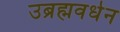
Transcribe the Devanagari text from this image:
उब्रह्मवर्धन